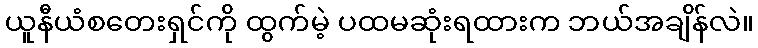
ယူနီယံစတေးရှင်ကို ထွက်မဲ့ ပထမဆုံးရထားက ဘယ်အချိန်လဲ။